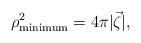
LaTeX: \begin{align*}\rho^2_{\rm minimum}= 4\pi | \vec \zeta|,\end{align*}